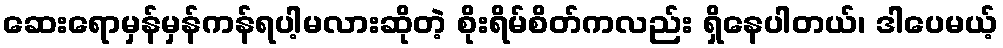
ဆေးရောမှန်မှန်ကန်ရပါ့မလားဆိုတဲ့ စိုးရိမ်စိတ်ကလည်း ရှိနေပါတယ်၊ ဒါပေမယ့်